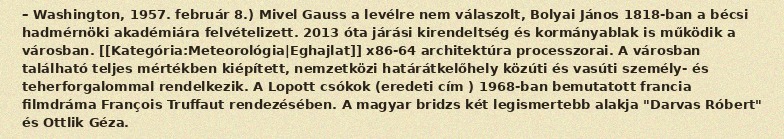
– Washington, 1957. február 8.) Mivel Gauss a levélre nem válaszolt, Bolyai János 1818-ban a bécsi hadmérnöki akadémiára felvételizett. 2013 óta járási kirendeltség és kormányablak is működik a városban. [[Kategória:Meteorológia|Eghajlat]] x86-64 architektúra processzorai. A városban található teljes mértékben kiépített, nemzetközi határátkelőhely közúti és vasúti személy- és teherforgalommal rendelkezik. A Lopott csókok (eredeti cím ) 1968-ban bemutatott francia filmdráma François Truffaut rendezésében. A magyar bridzs két legismertebb alakja "Darvas Róbert" és Ottlik Géza.